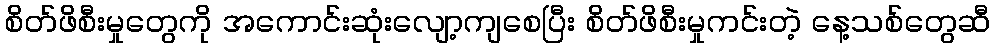
စိတ်ဖိစီးမှုတွေကို အကောင်းဆုံးလျော့ကျစေပြီး စိတ်ဖိစီးမှုကင်းတဲ့ နေ့သစ်တွေဆီ